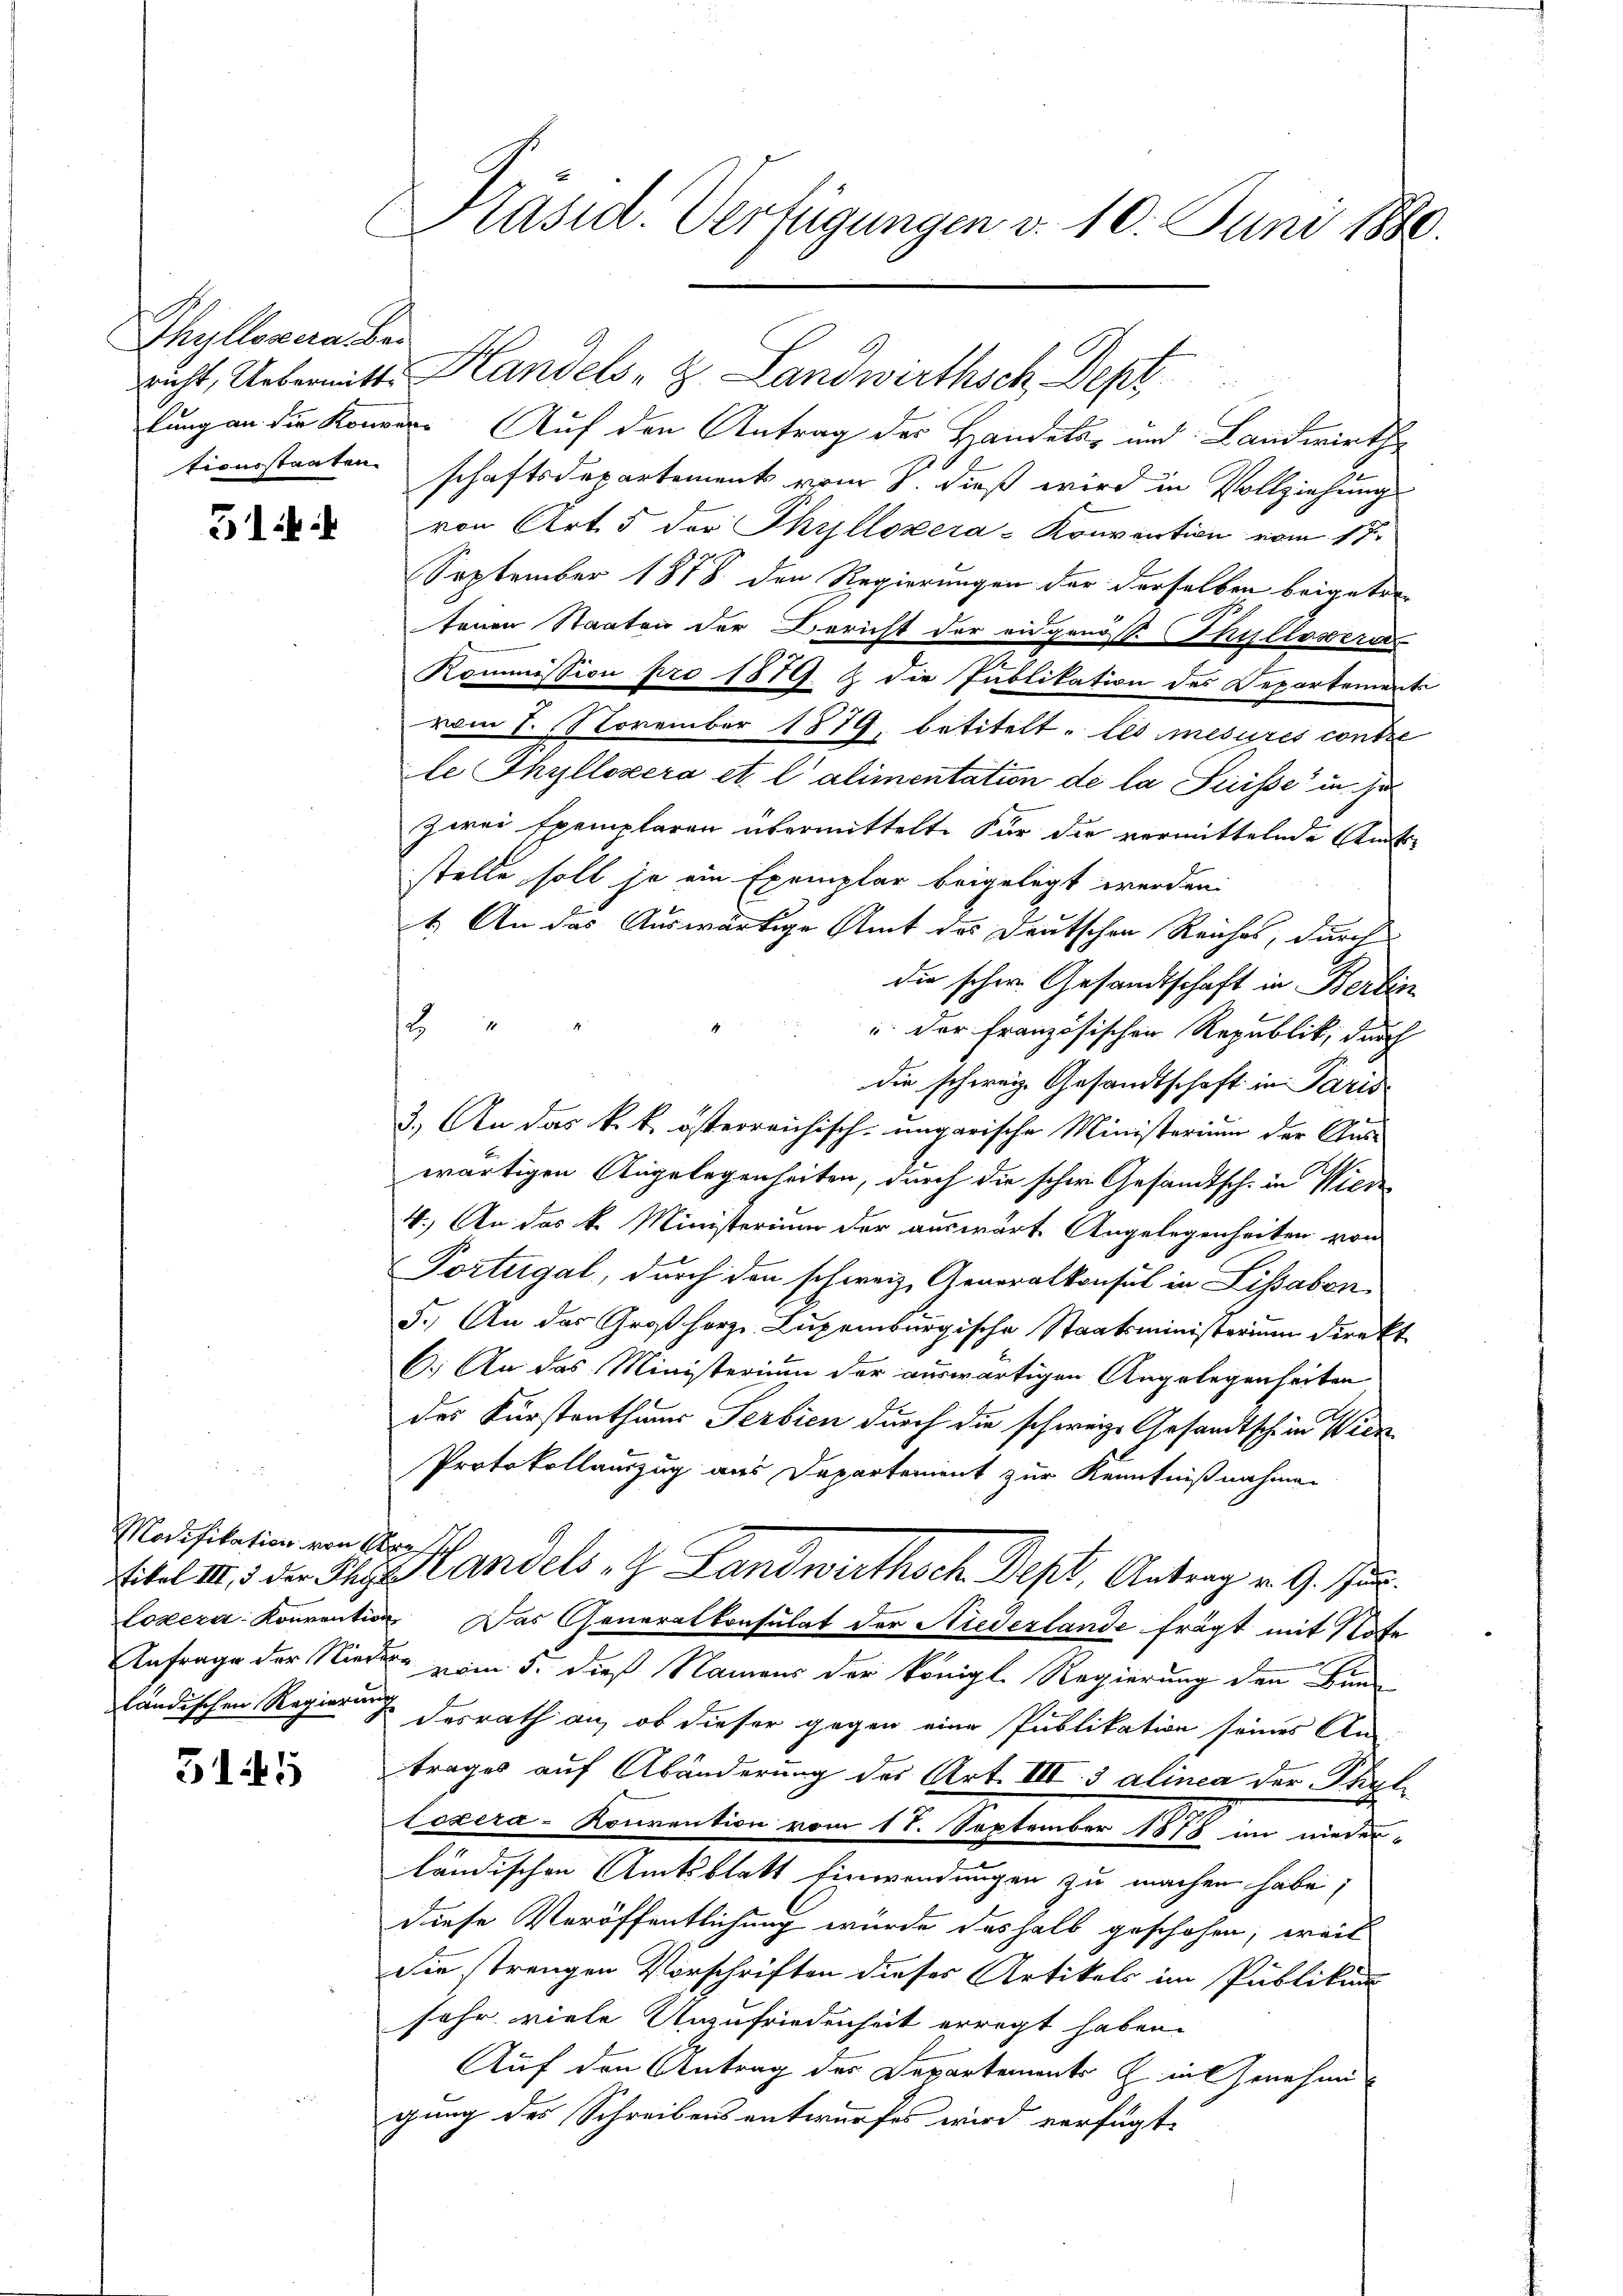
Thylleneralber

51

Modifikation von Obera

5145

Präsid. Verfügungen v. 10. Juni 1880.

lung an die Konzer. Auf den Antrag der Handeler und Landwirthe
tionsstaaten schaftsdepartements vom 8. dieß wird in Vollziehung
von Art. 5 der Phyllozera-Konvention vom 17.
September 1878 den Regierungen der derselben beigetre
tenen Staaten der Bericht der eidgenöss. Philloseris
Kommission pro 1879 & die Publikation des Departement
vom 8. November 1879, betitelt. Les mesures contre
le Thyllozera et l’alimentation de la Suisse in se
zwei Exemplaren übermittelt. Für die vermittelnde Amts-
stelle soll je ein Exemplar beigelegt werden.
1. An das Auswärtige Amt des Deutschen Reiches, durch
die schw. Gesandtschaft in Berlin
2
u. der französischen Republik, durch
die schweiz. Gesandtschaft in Paris
3.) An das k. k. österreichisch-ungarische Ministerium der Aus-
wärtigen Angelegenheiten, durch die schon Gesandtsch. in Wien
4.) An das k. Ministerium der auswart. Angelegenheiten von
Portugal, durch den schweiz. Generalkonsul in Lissabon
5.) An das Großherz Luxenburgische Staatsministerium direkt
6.) An das Ministerium der auswärtigen Angelegenheiten
des Kürstenthums Serbien durch die schweiz. Gesandtsche in Wien
Protokollauszug aus Departement zur Kenntnißnahme
Eitel IV 1 der The Handels " Landwirthsch. Dept, Antrag v. 9. Jul.
Lozera-Konvention. Das Generalkonsulat der Niederlande frägt mit Note
Anfrage der Nieder vom 5. dieß Namens der königl. Regierung den Bunländischen Regierung desrath an, ob dieser gegen eine Publikation seines An-
trages auf Abänderung des Art. III. 3 alinea der Phyt
lexera-Konvention vom 17. September 1878 in wieder
ländischen Amtsblatt Einwendungen zu machen habe;
diese Veröffentlichung würde deshalb geschehen, weil
Sie trengen Vorschriften dieses Artikels im Publikum
sehr viele Unzufriedenheit erregt haben.
Auf den Antrag des Departements Z. in Genehmig
gung des Schreibens entwurfes wird verfügt:

rricht, Uebermitte Handels , . Landwirthsch Dept.